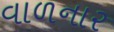
વાળનાર